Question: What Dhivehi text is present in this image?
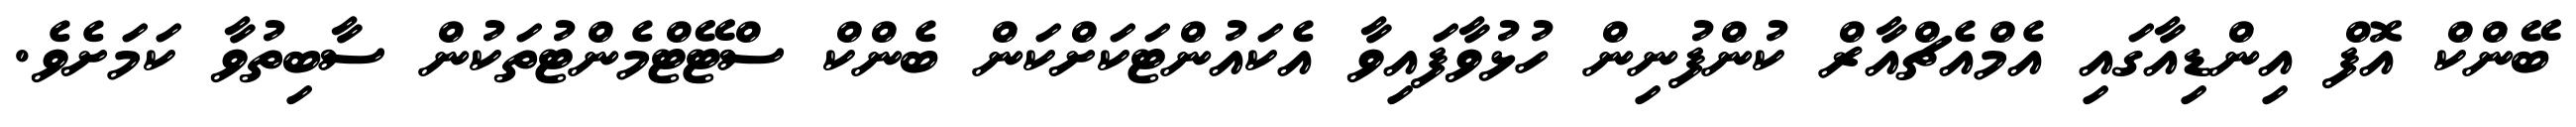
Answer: ބޭންކް އޮފް އިންޑިއާގައި އެމްއެޗްއާރް ކުންފުނިން ހުޅުވާފައިވާ އެކައުންޓަކަށްކަން ބެންކް ސްޓޭޓްމެންޓުތަކުން ސާބިތުވާ ކަމަށެވެ.